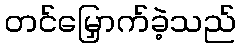
တင်မြှောက်ခဲ့သည်